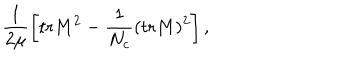
\frac { 1 } { 2 \mu } \left[ \mathrm { t r } M ^ { 2 } - \frac { 1 } { N _ { c } } ( \mathrm { t r } M ) ^ { 2 } \right] ,